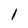
Character: 1